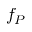
f _ { P }